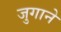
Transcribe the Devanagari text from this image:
जुगाने